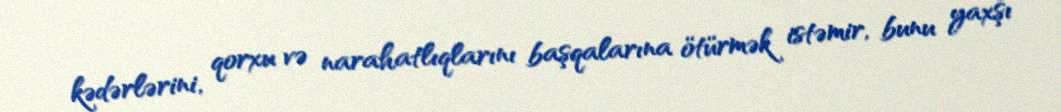
kədərlərini, qorxu və narahatlıqlarını başqalarına ötürmək istəmir, bunu yaxşı